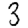
Digit: 3